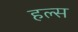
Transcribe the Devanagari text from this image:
हल्स